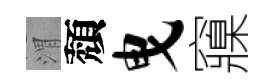
渭頽曳䆿